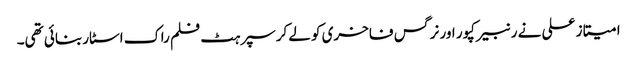
امیتاز علی نے رنبیر کپور اور نرگس فاخری کو لےکر سپرہٹ فلم راک اسٹار بنائی تھی۔